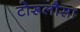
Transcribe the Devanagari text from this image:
टोरूलौसा